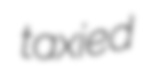
taxied